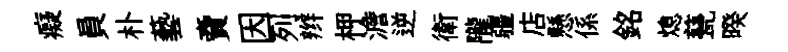
癡員朴藝𧶠因列辫柙澹逆衛隴疆店懸係銘熄甆暌